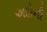
અદોની